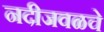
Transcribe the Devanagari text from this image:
नदीजवळचे